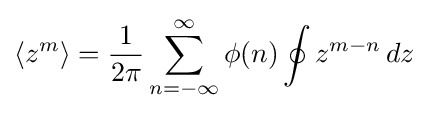
\langle z^{m}\rangle ={\frac {1}{2\pi }}\sum _{n=-\infty }^{\infty }\phi (n)\oint z^{m-n}\,dz